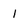
Character: 1